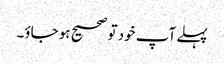
پہلے آپ خود تو صحیح ہو جاؤ۔